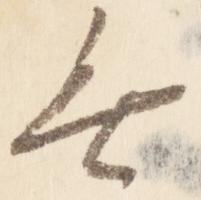
無